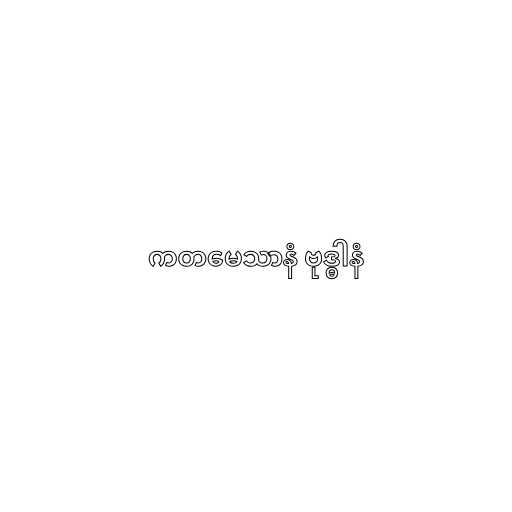
ကတမေသာနံ ဗုဒ္ဓါနံ